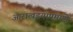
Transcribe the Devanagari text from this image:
आराखडयाप्रमाणे